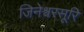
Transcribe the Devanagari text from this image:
जिनेश्वरसूरि